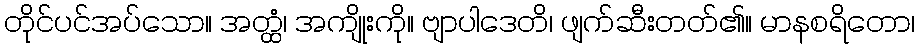
တိုင်ပင်အပ်သော။ အတ္ထံ၊ အကျိုးကို။ ဗျာပါဒေတိ၊ ဖျက်ဆီးတတ်၏။ မာနစရိတော၊